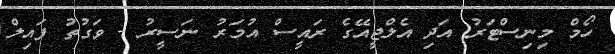
ހޯމް މިނިސްޓަރު އަދި އެލްޖީއޭގެ ރައީސް އުމަރު ނަސީރު - ވަގުތު ފައިލް